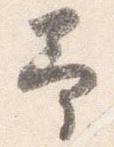
予